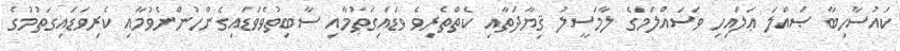
ކައުސާހިބާ ޞައްލަ ޢަލައިހި ވަސައްލަމަގެ ލާމަސީލު ޤިޔާދަތާއި ކެތްތެރިވެ ވަޑައިގަތުމާއި ސާބިތުވެވަޑައިގެންހުންނެވުމާއި ކެރިވަޑައިގަތުމުގެ